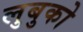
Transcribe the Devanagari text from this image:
लुबुको